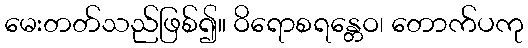
မေးတတ်သည်ဖြစ်၍။ ဝိရောစရန္တေဝ၊ တောက်ပကု